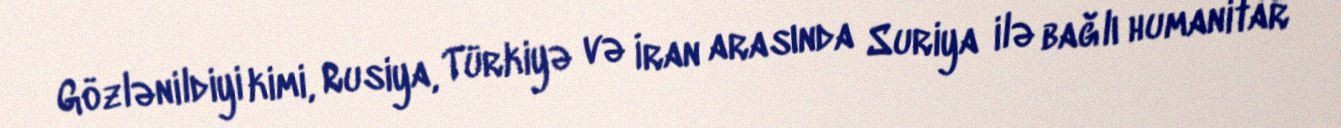
Gözlənildiyi kimi, Rusiya, Türkiyə və İran arasında Suriya ilə bağlı humanitar